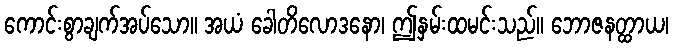
ကောင်းစွာချက်အပ်သော။ အယံ ခေါတိလောဒနော၊ ဤနှမ်းထမင်းသည်။ ဘောဇနတ္ထာယ၊